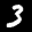
Label: 3